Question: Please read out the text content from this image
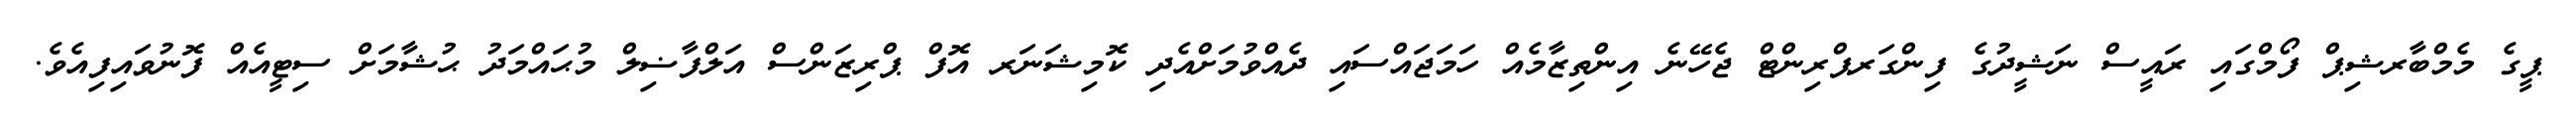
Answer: ޕީގެ މެމްބާރޝިޕް ފޯމްގައި ރައީސް ނަޝީދުގެ ފިންގަރޕްރިންޓް ޖެހޭނެ އިންތިޒާމެއް ހަމަޖައްސައި ދެއްވުމަށްއެދި ކޮމިޝަނަރ އޮފް ޕްރިޒަންސް އަލްފާޟިލް މުޙައްމަދު ޙުޝާމަށް ސިޓީއެއް ފޮނުވައިފިއެވެ.